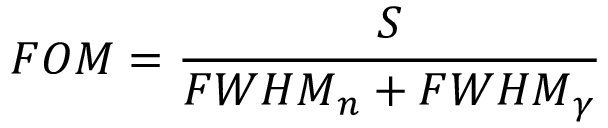
F O M = \frac { S } { { F W H M } _ { n } + { F W H M } _ { \gamma } }